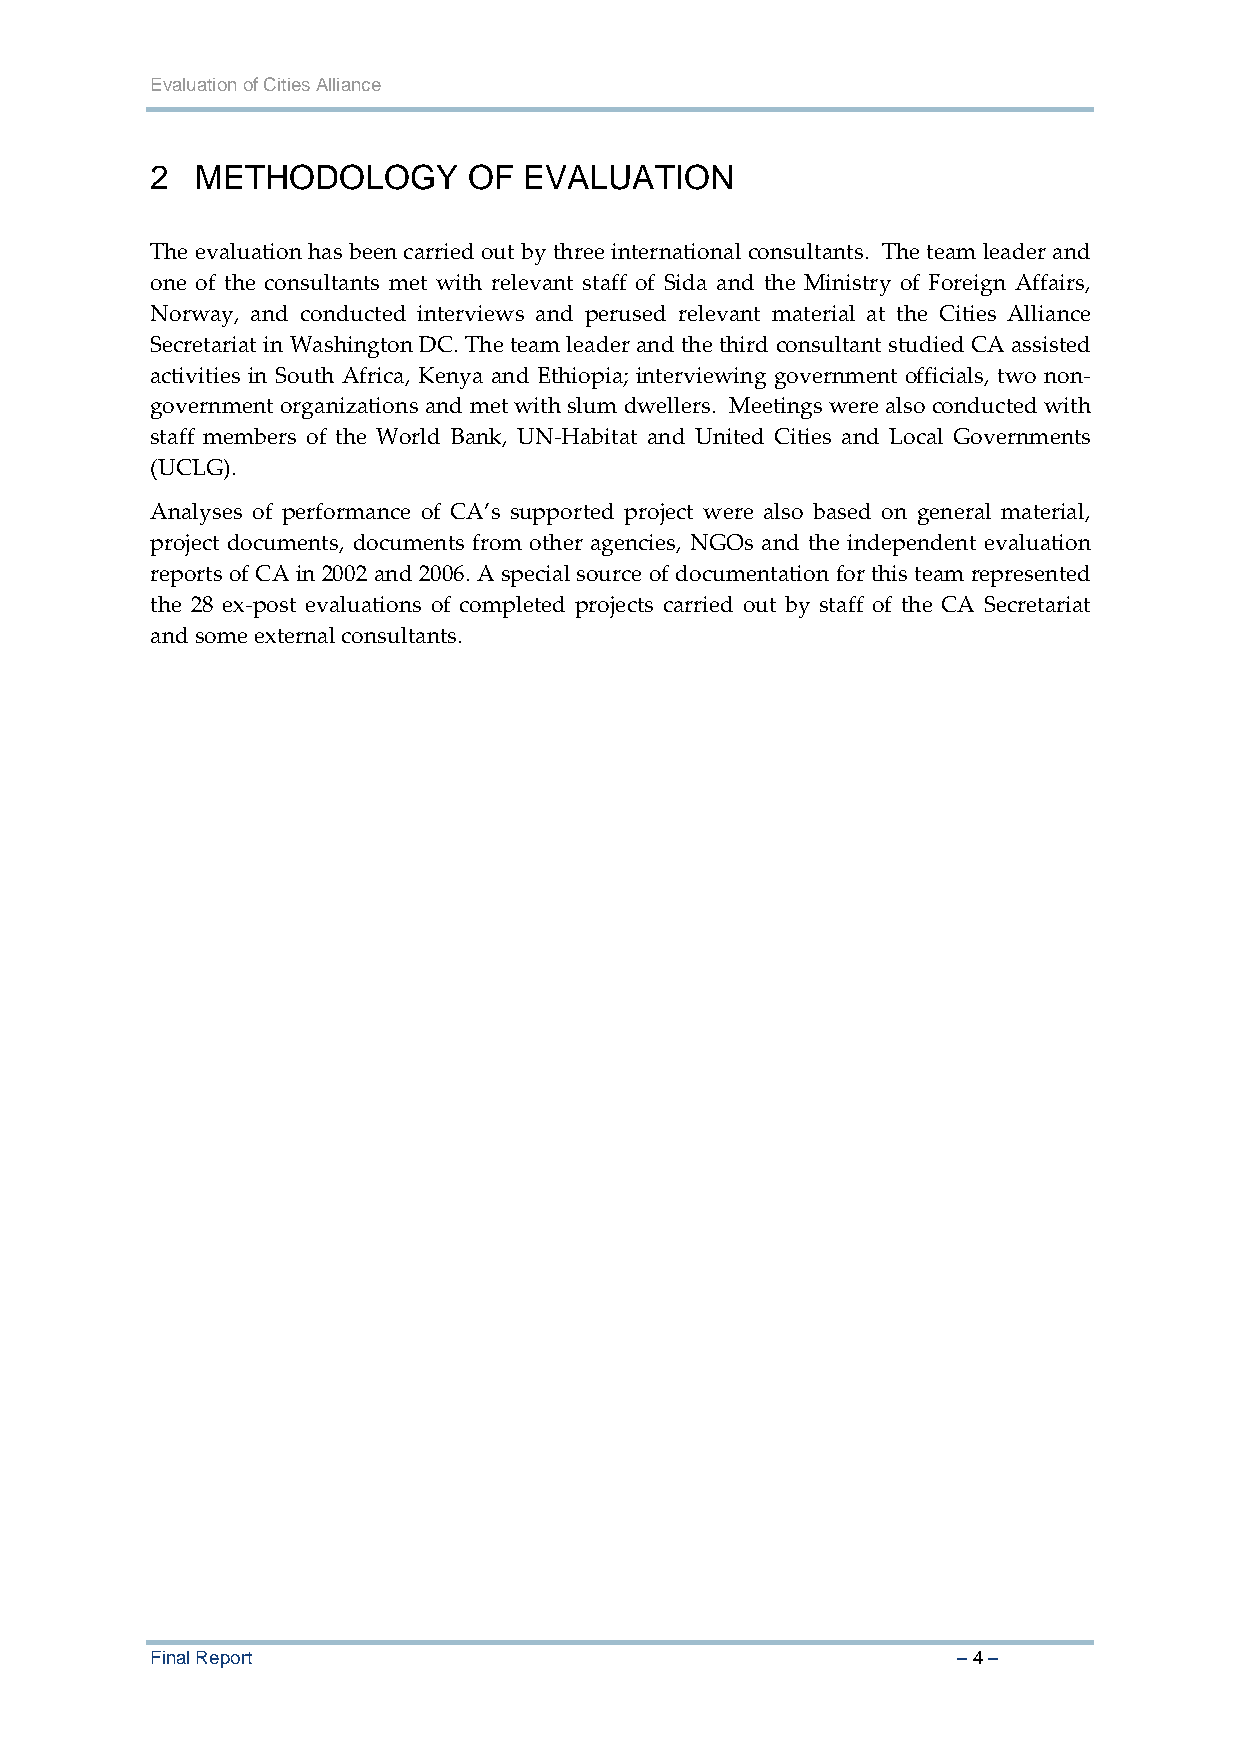
Evaluation of Cities Alliance
 2  METHODOLOGY       OF  EVALUATION
 The evaluation has been carried out by three international consultants. The team leader and
 one of the consultants met with relevant staff of Sida and the Ministry of Foreign Affairs,
 Norway, and conducted interviews and perused relevant material at the Cities Alliance
 Secretariat in Washington DC. The team leader and the third consultant studied CA assisted
 activities in South Africa, Kenya and Ethiopia; interviewing government officials, two non‐
 government organizations and met with slum dwellers. Meetings were also conducted with
 staff members of the World Bank, UN‐Habitat and United Cities and Local Governments
 (UCLG).
 Analyses of performance of CA’s supported project were also based on general material,
 project documents, documents from other agencies, NGOs and the independent evaluation
 reports of CA in 2002 and 2006. A special source of documentation for this team represented
 the 28 ex‐post evaluations of completed projects carried out by staff of the CA Secretariat
 and some external consultants.
 Final Report                                         – 4 –